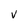
Character: V